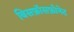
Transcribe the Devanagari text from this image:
बिसफ़ॉसफ़ोनेट